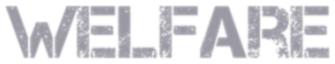
WELFARE